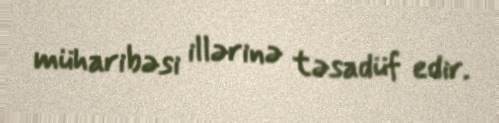
müharibəsi illərinə təsadüf edir.